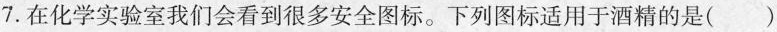
7.在化学实验室我们会看到很多安全图标。下列图标适用于酒精的是( )